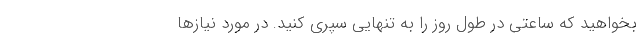
بخواهید که ساعتی در طول روز را به تنهایی سپری کنید. در مورد نیازها